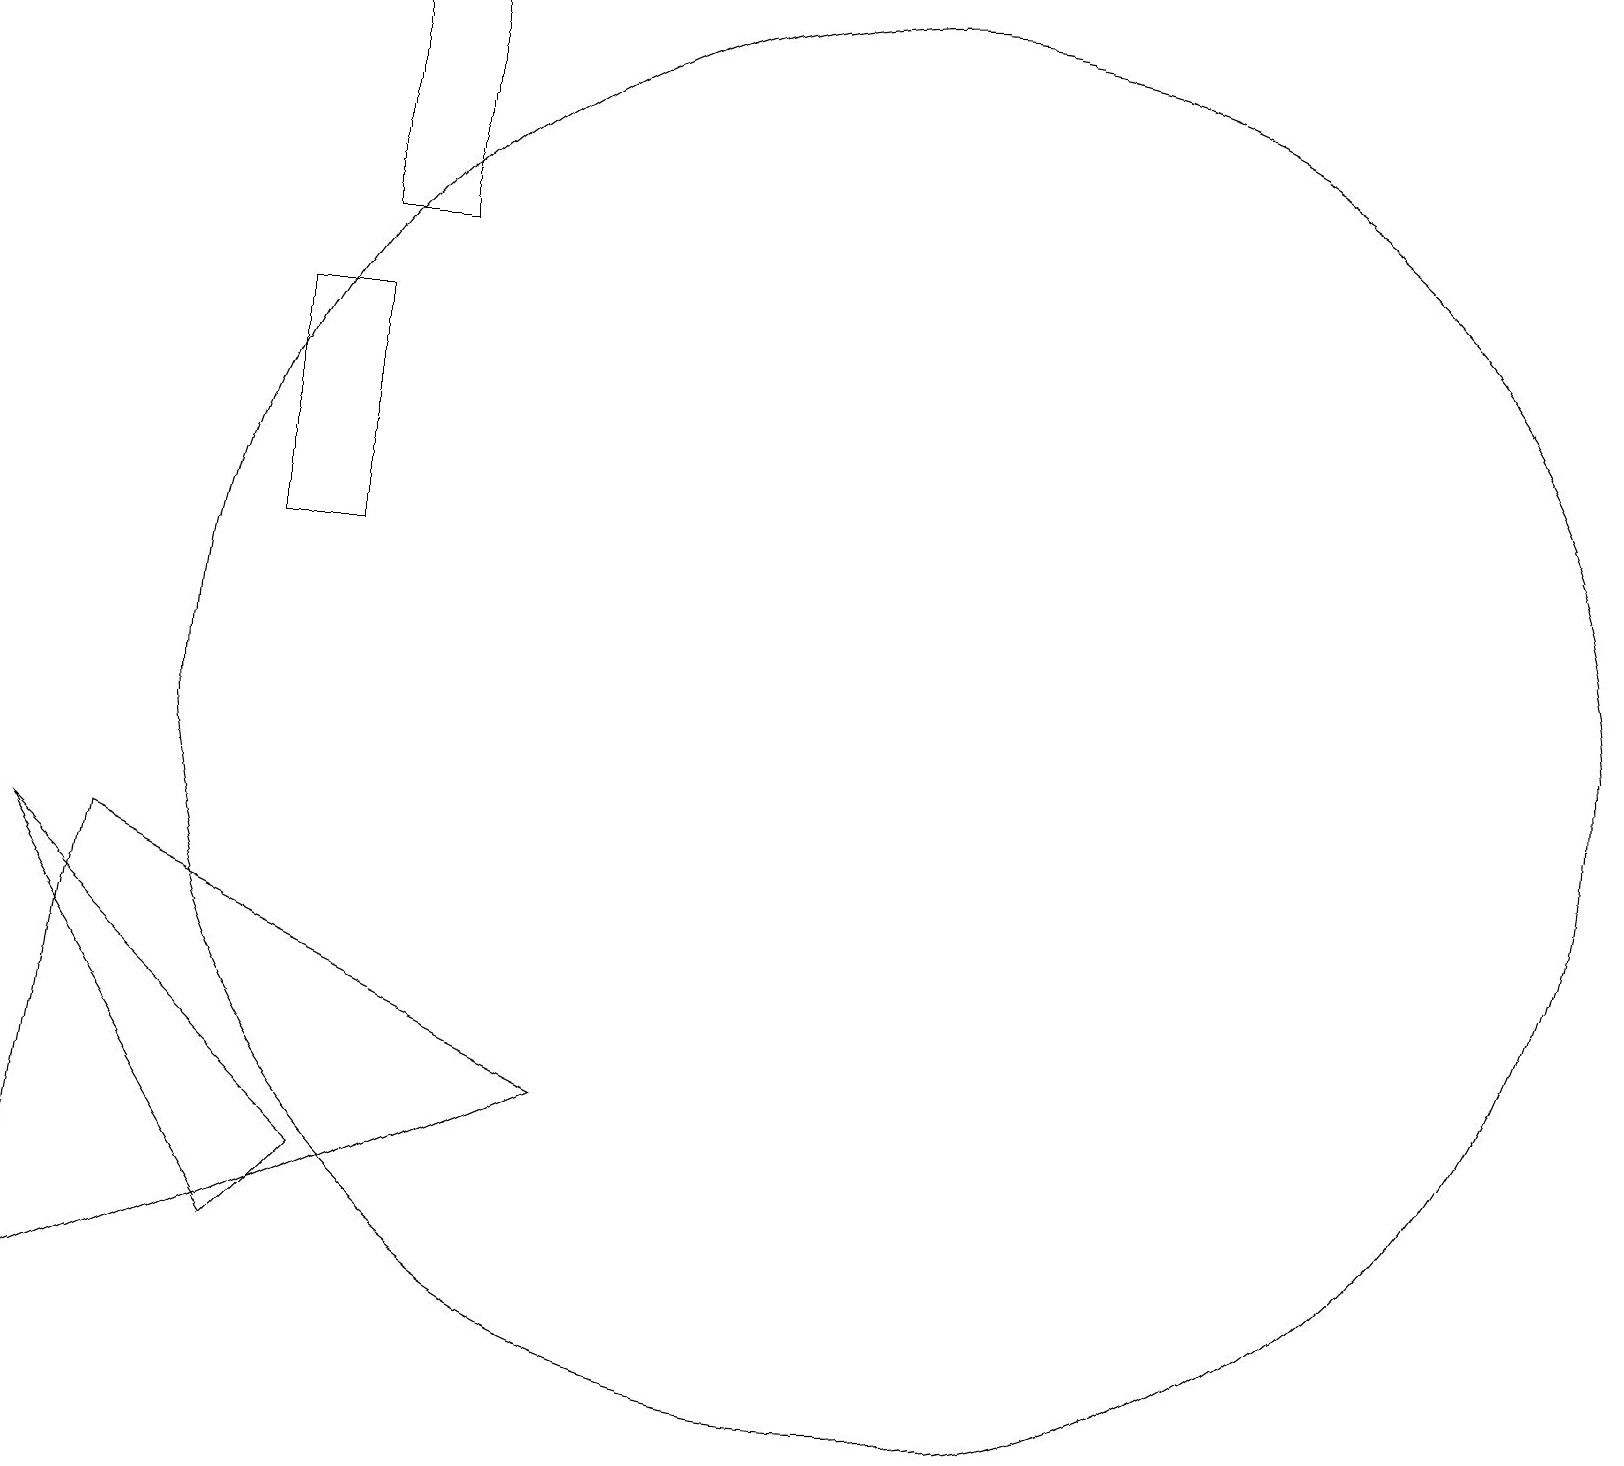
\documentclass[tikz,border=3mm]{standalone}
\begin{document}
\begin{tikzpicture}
\draw (4,19) rectangle (5,16);
\draw (11,10) circle (9);
\draw (0,8) -- (3,3) -- (4,4) -- cycle;
\draw (1,8) -- (0,2) -- (7,5) -- cycle;
\draw (4,12) rectangle (3,15);
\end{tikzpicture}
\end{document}